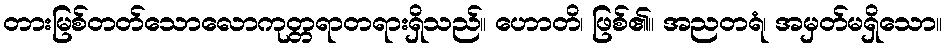
တားမြစ်တတ်သောလောကုတ္တရာတရားရှိသည်။ ဟောတိ၊ ဖြစ်၏။ အညတရံ၊ အမှတ်မရှိသော။